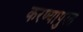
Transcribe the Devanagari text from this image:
करण्यापुरते